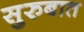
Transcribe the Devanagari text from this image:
सुरुबात